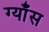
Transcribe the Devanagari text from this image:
ग्याँस